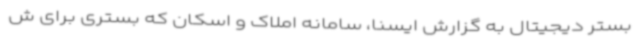
بستر دیجیتال به گزارش ایسنا، سامانه املاک و اسکان که بستری برای ش